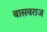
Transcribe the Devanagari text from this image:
बासवराज